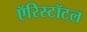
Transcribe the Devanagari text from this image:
ऍरिस्टॉटल